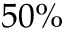
5 0 \%